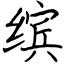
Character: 缤